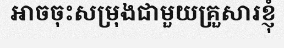
អាចចុះសម្រុងជាមួយគ្រួសារខ្ញុំ